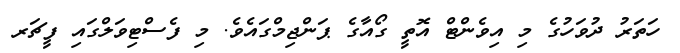
ހަތަރު ދުވަހުގެ މި އިވެންޓް އޮތީ ގޯއާގެ ޕަންޖިމްގައެވެ. މި ފެސްޓިވަލްގައި ފީޗަރ